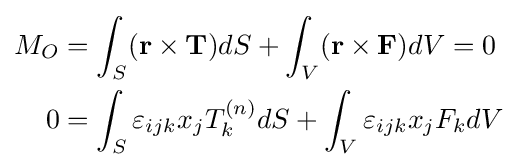
{\begin{aligned}M_{O}&=\int _{S}(\mathbf {r} \times \mathbf {T} )dS+\int _{V}(\mathbf {r} \times \mathbf {F} )dV=0\\0&=\int _{S}\varepsilon _{ijk}x_{j}T_{k}^{(n)}dS+\int _{V}\varepsilon _{ijk}x_{j}F_{k}dV\\\end{aligned}}